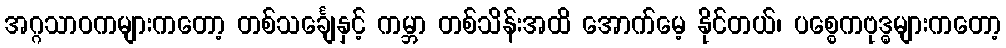
အဂ္ဂသာဝကများကတော့ တစ်သင်္ချေနှင့် ကမ္ဘာ တစ်သိန်းအထိ အောက်မေ့ နိုင်တယ်၊ ပစ္စေကဗုဒ္ဓများကတော့